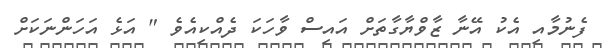
ފެނުމާއި އެކު އޭނާ ޒާވްޔާގާތަށް އައިސް ވާހަކަ ދެއްކިއެވެ " އަޅެ އަހަންނަކަށް